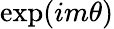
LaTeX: \exp(im\theta)